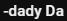
-dady Da